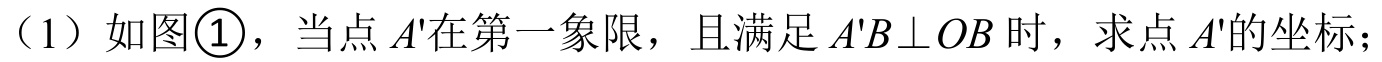
（1）如图\textcircled{1}，当点 \(A'\)在第一象限，且满足 \(A'B\perp OB\) 时，求点 \(A'\)的坐标；